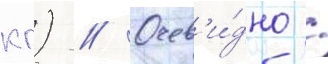
кг) // Очев'и́дно /